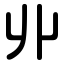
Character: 丱